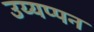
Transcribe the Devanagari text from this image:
उय्यप्पन